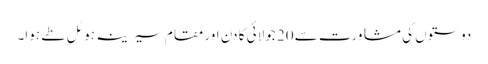
دوستوں کی مشاورت سے 20 جولائی کا دن اور مقام سیرینہ ہوٹل طے ہوا۔